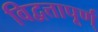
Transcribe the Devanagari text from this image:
विद्वत्तापूर्ण्‌